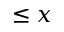
\leq x